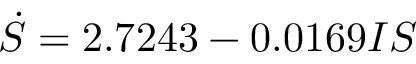
\dot { S } = 2 . 7 2 4 3 - 0 . 0 1 6 9 I S